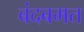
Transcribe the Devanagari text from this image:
बंदबमत